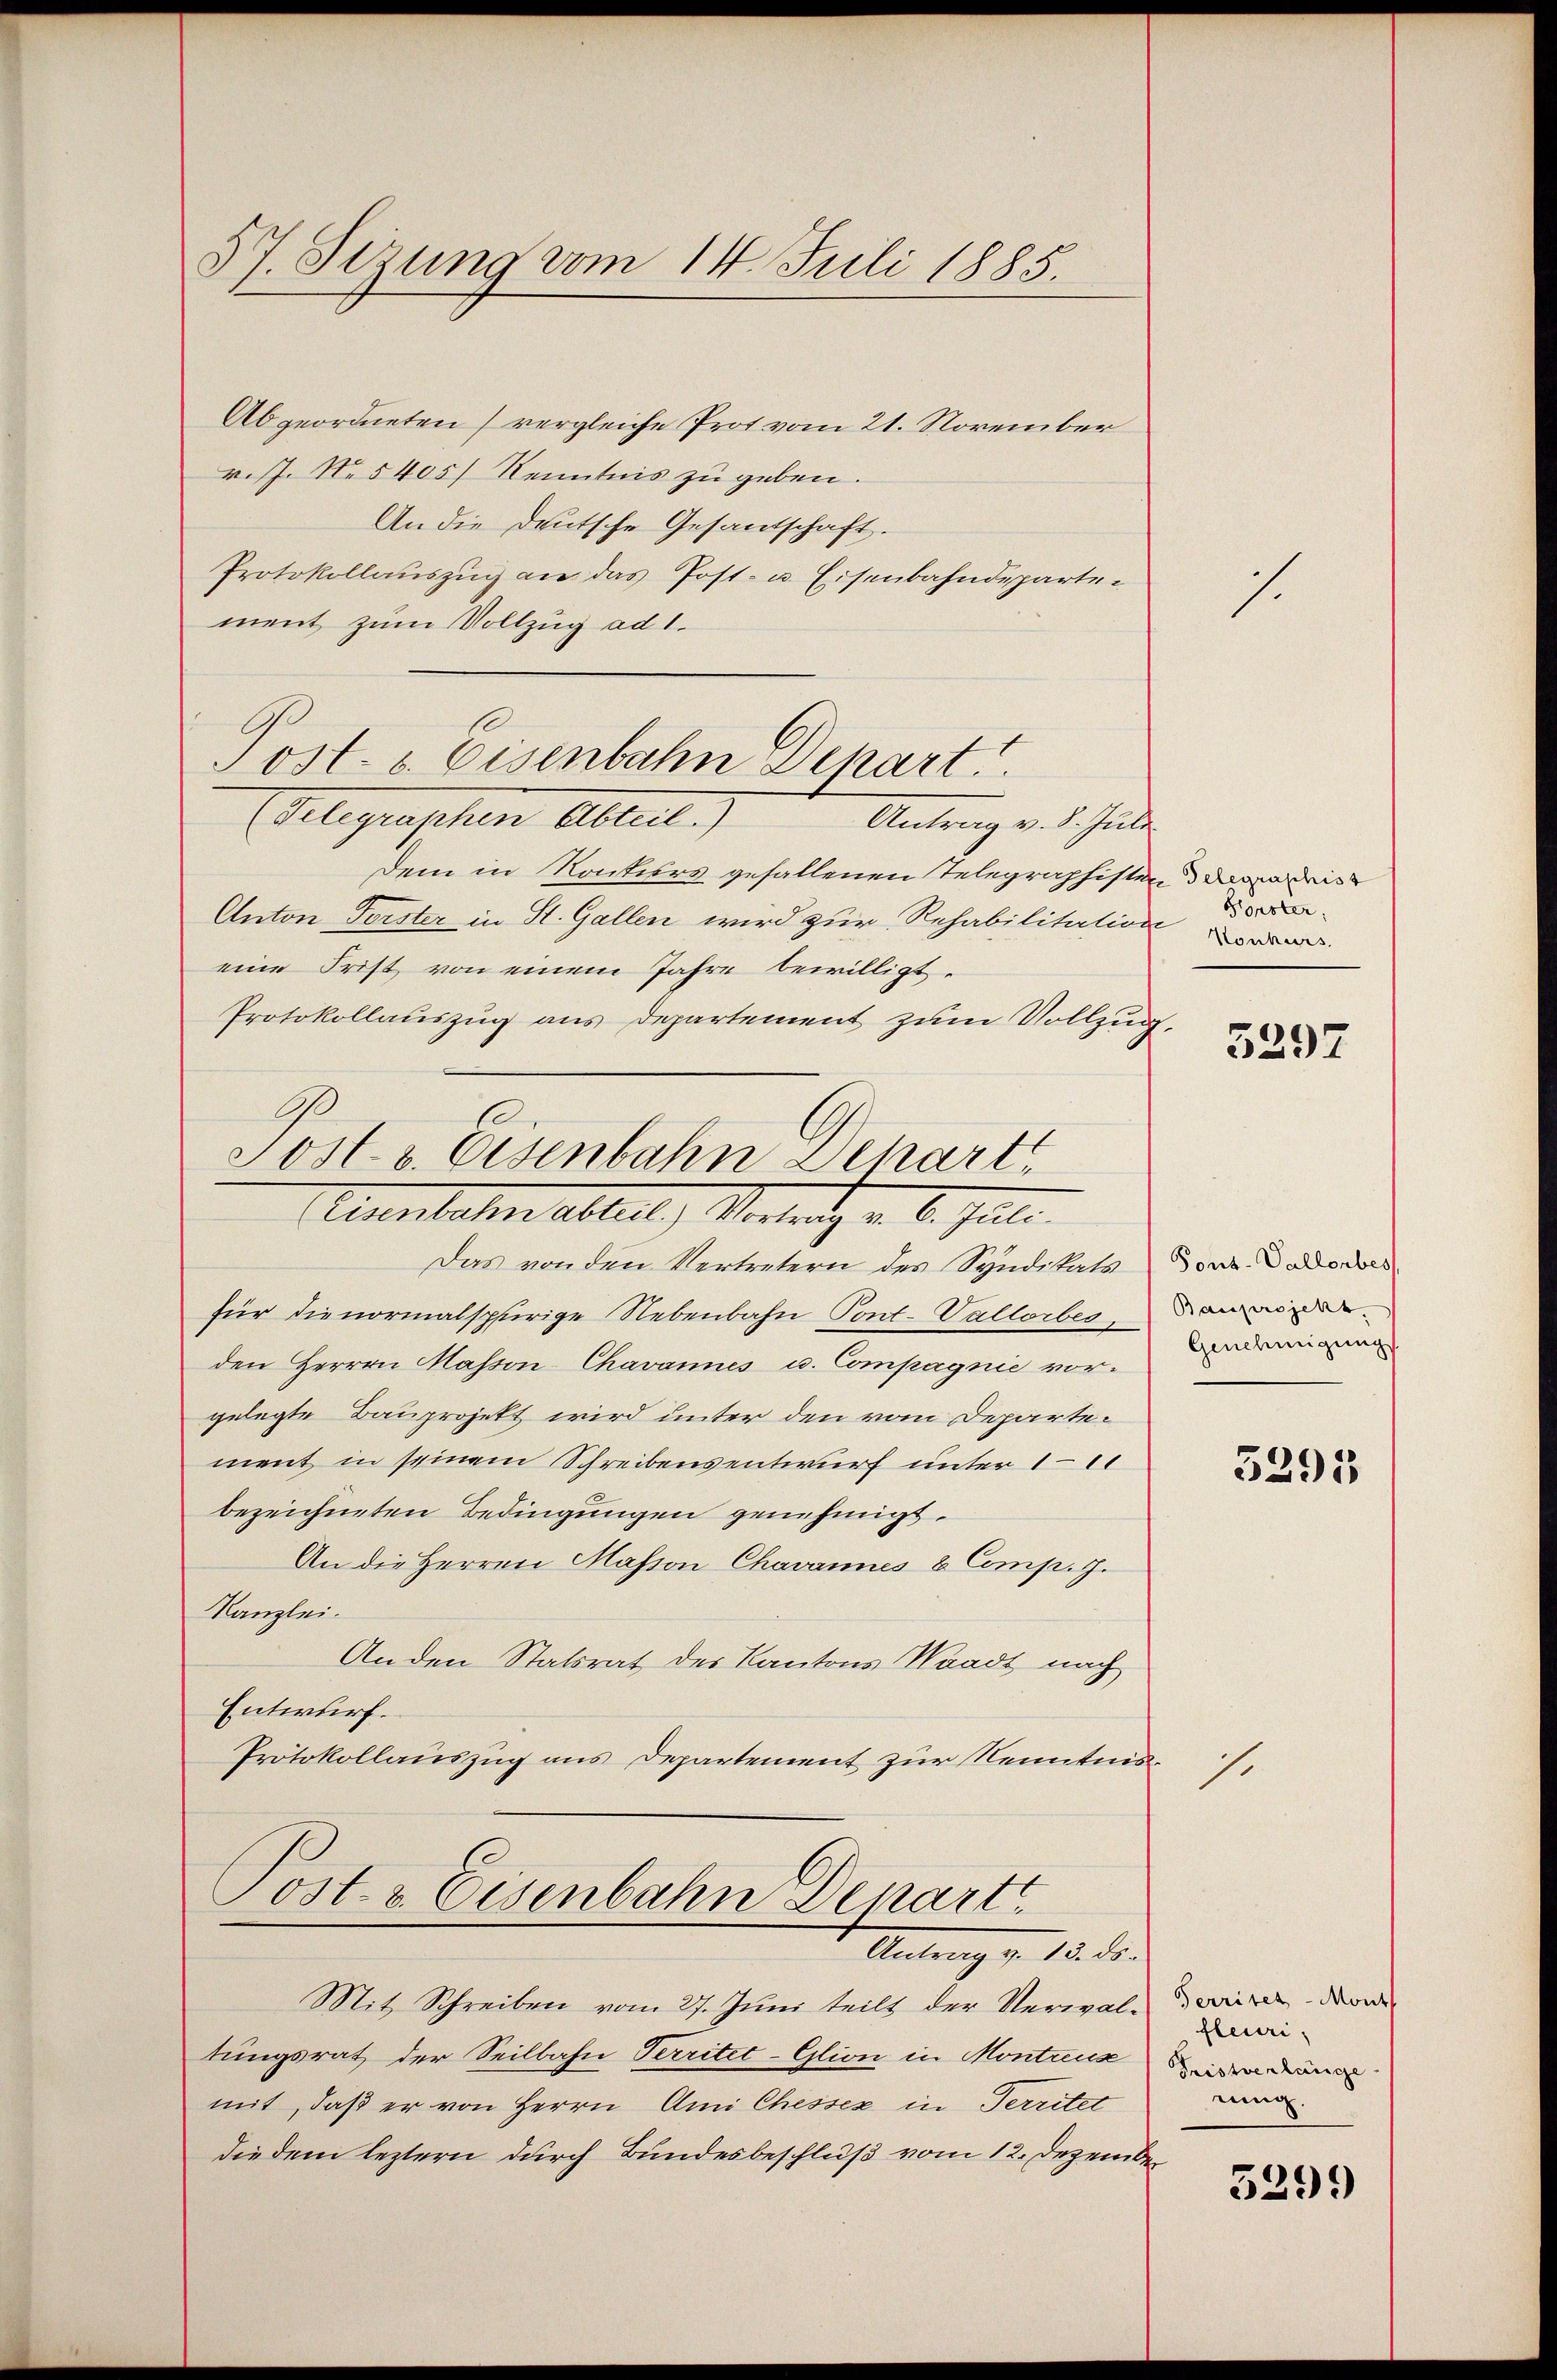
57. Sizung vom 14. Juli 1885.

Abgeordneten (vergleiche Prot vom 21. November
r.s. Nes 405) Kenntnis zu geben.
An die Deutsche Gesandschaft.
Protokollauszug an das Post- u. Eisenbahndepartement zum Vollzug ad 1.
Gelegraphen Abteil)
Antrag v. 8. Juli
dem in Konkurs gefallenen Telegraphisten darin des
Anton Forster in St. Gallen wird zur Rehabilitation
eine Frist von einem Jahre bewilligt.
Protokollauszug aus Departement zum Vollzug
.
Sost. v. Eisenbahn Depart

Annahme Abteil, Vertrag v. 6. Juli.

Post- u. Eisenbahn Depart

Antrag v. 18. ds.
Mit Schreiben vom 27. Juni teilt der Verwalt gewie-

Das von den Vertretern des Syndikats
für die normalspherige Nebenbahn Pont. Vallorbes,
den Herren Masson-Chavannes u. Compagnie vorgelegte Bauprojekt wird unter den vom Departement in seinem Schreibensentwurf unter 1
bezeichneten Bedingungen genehmigt.
An die Herren Masson Chavannes & Comp. 9.
Kanzlei.
Anden Statsrat des Kantons Waadt nach
Entwurf.
Protokollauszug aus Departement zur Kenntnis¬
Post- & Eisenbahn Depart

tungsrat der Seilbahn Territet-Glion in Montreuse
mit, daß er von Herrn Ami Chessez in Territet
die dem leztern durch Bundesbeschluß vom 12. Dezember

1

1

J.

Sonster

5297

Font-Vallorbes
Bauprojekt.
Genehmigung

3295

Perrites - Mont
Fristverlange
rung.

5299